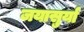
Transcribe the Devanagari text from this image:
जयासुर्या